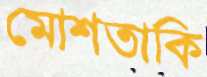
মোশতাকি